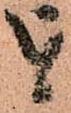
を